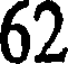
62